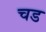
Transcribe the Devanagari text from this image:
चड